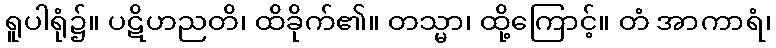
ရူပါရုံ၌။ ပဋိဟညတိ၊ ထိခိုက်၏။ တသ္မာ၊ ထို့ကြောင့်။ တံ အာကာရံ၊